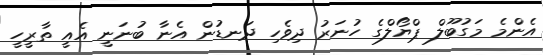
އެންމެ މަގުބޫލް ޕްޔޯލްގެ ހުނަރު ދިވެހި ދަނޑުން އެނާ ބުނަނީ އެއީ ތާރީހީ